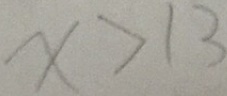
X > 1 3